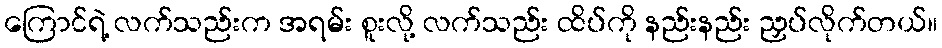
ကြောင်ရဲ့ လက်သည်းက အရမ်း စူးလို့ လက်သည်း ထိပ်ကို နည်းနည်း ညှပ်လိုက်တယ်။